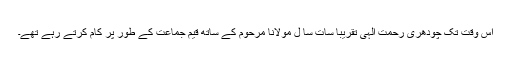
اس وقت تک چودھری رحمت الٰہی تقریبا سات سا ل مولانا مرحوم کے ساتھ قیم جماعت کے طور پر کام کرتے رہے تھے۔